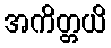
အကိတ္တယိ